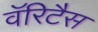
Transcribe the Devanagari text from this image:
वॅरिटैस